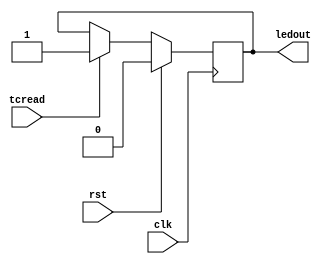
module victory(clk, tcread,rst,ledout);
input tcread, clk;
input rst;
output ledout;


reg ledout;


always @(posedge clk)begin	
	if(rst)	ledout <= 0;
	else if (tcread) ledout <= tcread;
end
endmodule